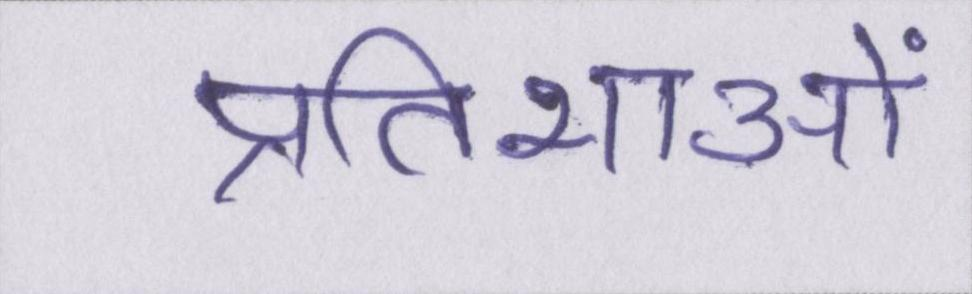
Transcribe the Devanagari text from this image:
प्रतिभाओं